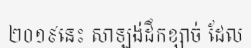
២០១៩នេះ សាឡង់ដឹកខ្សាច់ ដែល